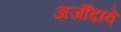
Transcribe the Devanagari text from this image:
अर्जीदावे